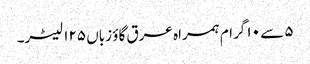
۵ سے ۱۰ گرام ہمراہ عرق گاؤ زباں ۱۲۵ لیٹر۔